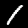
Label: 1